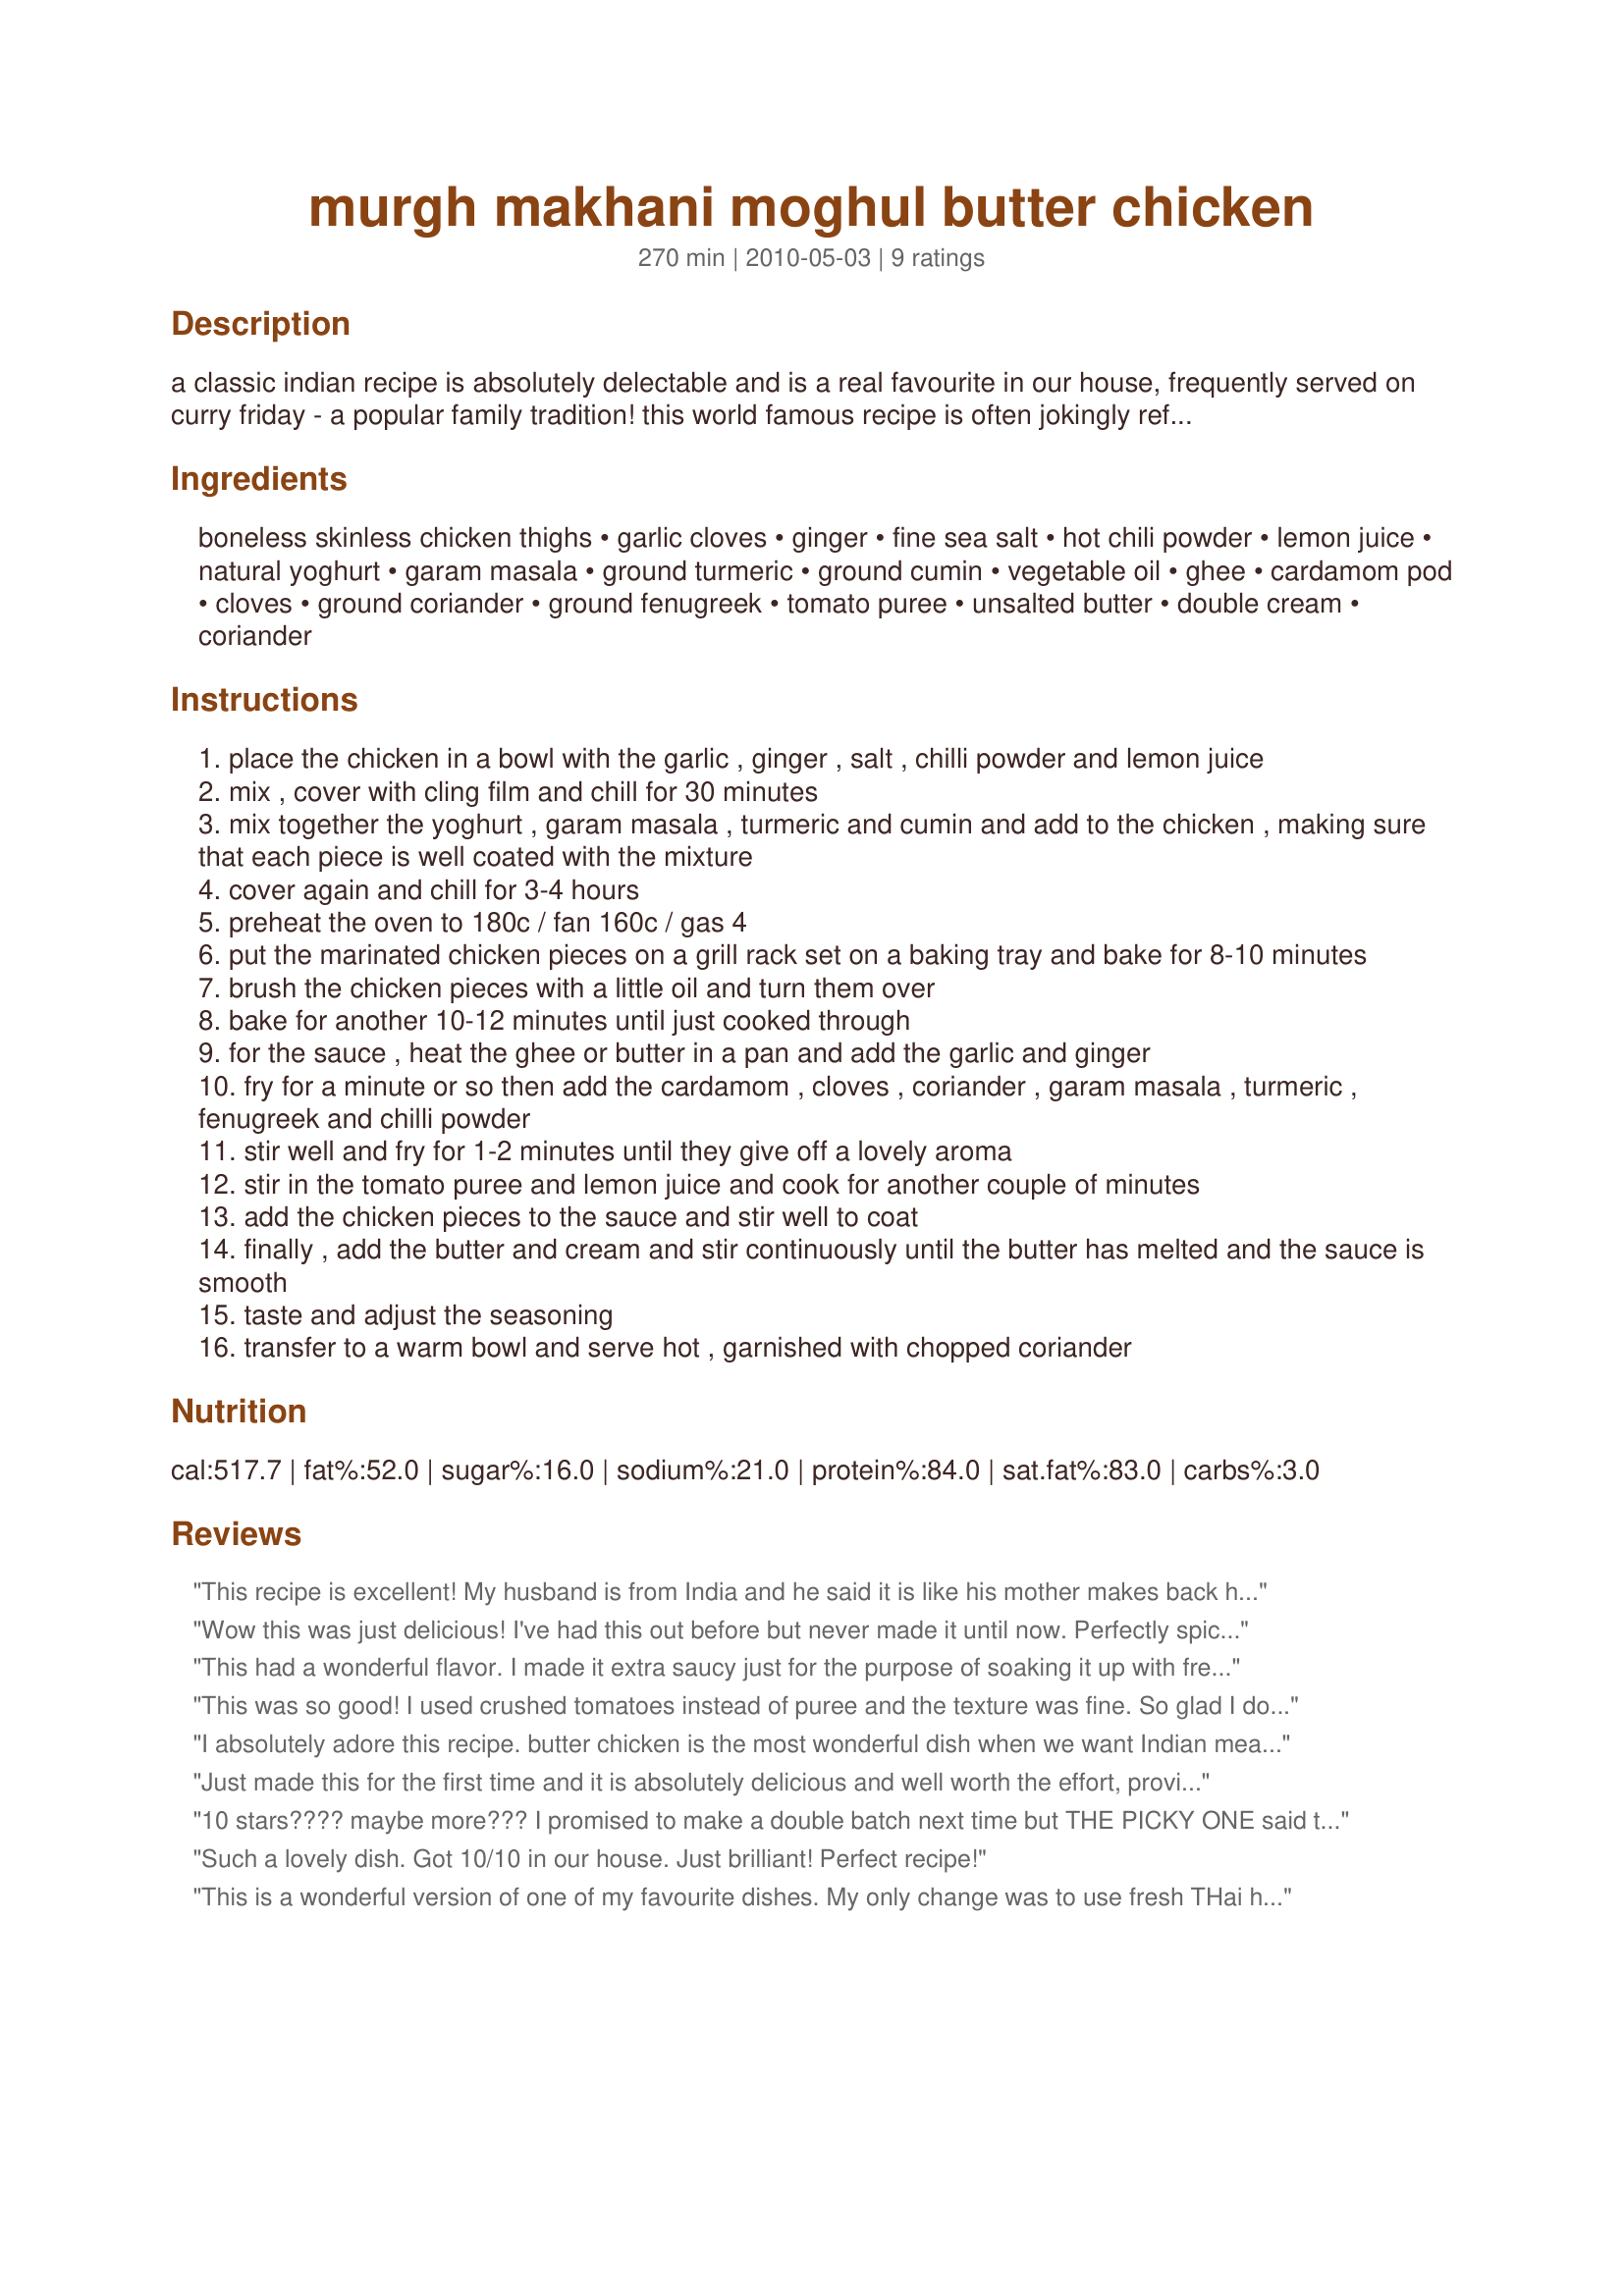
murgh makhani moghul butter chicken
Preparation time: 270 minutes

a classic indian recipe is absolutely delectable and is a real favourite in our house, frequently served on curry friday - a popular family tradition! this world famous recipe is often jokingly referred to as the national bird of punjab, so popular is it in that region! this recipe is by gordon ramsey, and here is what he has to say about it: gordon: "butter chicken, or murgh makhani, was one of the first dishes i tasted when i went to india. its origins can be traced back to moghul times, but the dish and its history is most closely associated with delhi's famous moti mahal restaurant, where i had the pleasure of eating this fantastic dish. over time, numerous chefs have attempted to emulate the rich buttery sauce, and flavours vary slightly between restaurants. this is my version of the classic dish."

Ingredients:
boneless skinless chicken thighs, garlic cloves, ginger, fine sea salt, hot chili powder, lemon juice, natural yoghurt, garam masala, ground turmeric, ground cumin, vegetable oil, ghee, cardamom pod, cloves, ground coriander, ground fenugreek, tomato puree, unsalted butter, double cream, coriander

Steps:
place the chicken in a bowl with the garlic , ginger , salt , chilli powder and lemon juice
mix , cover with cling film and chill for 30 minutes
mix together the yoghurt , garam masala , turmeric and cumin and add to the chicken , making sure that each piece is well coated with the mixture
cover again and chill for 3-4 hours
preheat the oven to 180c / fan 160c / gas 4
put the marinated chicken pieces on a grill rack set on a baking tray and bake for 8-10 minutes
brush the chicken pieces with a little oil and turn them over
bake for another 10-12 minutes until just cooked through
for the sauce , heat the ghee or butter in a pan and add the garlic and ginger
fry for a minute or so then add the cardamom , cloves , coriander , garam masala , turmeric , fenugreek and chilli powder
stir well and fry for 1-2 minutes until they give off a lovely aroma
stir in the tomato puree and lemon juice and cook for another couple of minutes
add the chicken pieces to the sauce and stir well to coat
finally , add the butter and cream and stir continuously until the butter has melted and the sauce is smooth
taste and adjust the seasoning
transfer to a warm bowl and serve hot , garnished with chopped coriander

Reviews:
This recipe is excellent! My husband is from India and he said it is like his mother makes back home!
Wow this was just delicious! I've had this out before but never made it until now. Perfectly spiced creamy buttery sauce. The whole family loved this dish, definitely a keeper, thanks so much for sharing! Made for ZWT6 Queens of Quisine.
This had a wonderful flavor. I made it extra saucy just for the purpose of soaking it up with fresh naan :) A very enjoyable and easy to prepare meal. Thanks!
This was so good! I used crushed tomatoes instead of puree and the texture was fine. So glad I doubled the recipe! Definitely a redo.
I absolutely adore this recipe. butter chicken is the most wonderful dish when we want Indian meal but have guests who dont like thing as spicy as we do. The sauce was wonderful and rich. Our company loved it!
ZWT6
Just made this for the first time and it is absolutely delicious and well worth the effort, provided you get someone to do the washing up afterwards :-) as you will be too full to move. &lt;br/&gt;&lt;br/&gt;My only recommendation is to make it a little bit more saucier - that&#039;s if you not watching your wasteline,,,,
10 stars???? maybe more??? I promised to make a double batch next time but THE PICKY ONE said to triple it!!! that was the only problem with this dish...there wasn't enough. :o Absolutely delicious!!! i used cayenne & it was just right - a bit zippy but not overpowering. A fantastic blend of seasonings. Thank you, FT!!! Made for Family Picks, ZWT6.
Such a lovely dish. Got 10/10 in our house. Just brilliant! Perfect recipe!
This is a wonderful version of one of my favourite dishes. My only change was to use fresh THai hot chillies in place of chilli powder. This was a highlight of an Indian banquet. Thanks for sharing.
